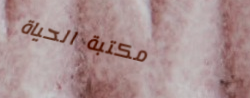
مكتبة الحياة